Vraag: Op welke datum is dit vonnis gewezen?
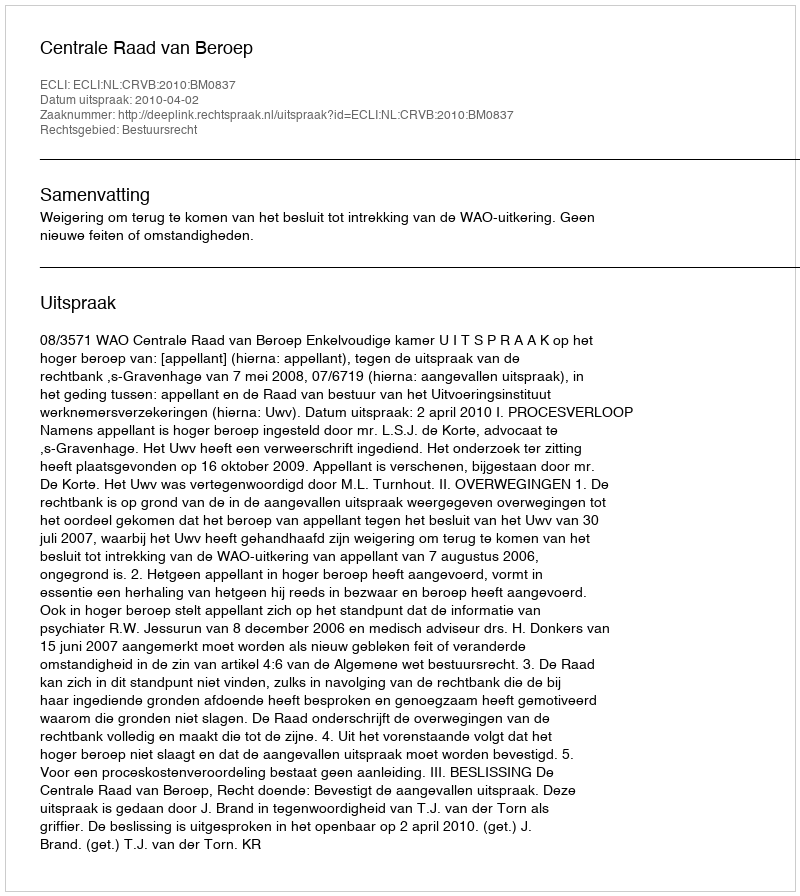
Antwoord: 2010-04-02